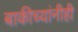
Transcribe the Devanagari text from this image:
बाकीच्यांनीही